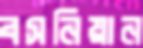
বসনিয়ান